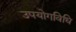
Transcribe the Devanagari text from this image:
उपयोगविधि